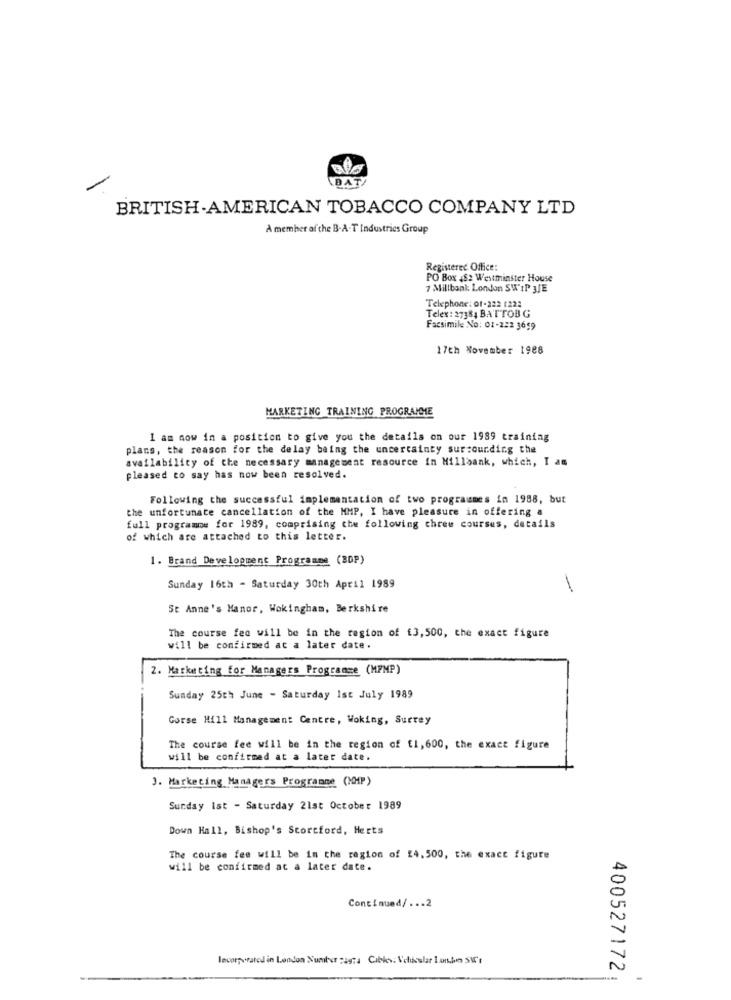
BATY
BRITISH AMERICAN TOBACCO COMPANY LTD
A member of the B-A-T Industries Group
Registered Office:
PO Box 4Se Westminster House
7 Millbank London SWIP 3JE
Telephone: 01-222 1222
Telex : 27384 BATTOB G
Facsimile No: 01-222 3659
17th November 1988
MARKETING TRAINING PROGRAMME
I am now in a position to give you the details on our 1989 training
plans, the reason for the delay being the uncertainty sur:ounding the
availability of the necessary management resource in Millaank, which, I am
pleased to say has now been resolved.
Following the successful implementation of two programmes in 1988, but
the unfortunate cancellation of the MMP, I have pleasure in offering a
full programme for 1989, comprising the following chreu courses, details
of which are attached to this letter.
1. Brand Development Programme (BDP)
Sunday 16th - Saturday 30th April 1989
St Anne's Manor, Wokingham, Berkshire
The course feo will be in the region of [3,500, the exact figure
will be confirmed at a later date.
2. Marketing for Managers Programme (MPMP)
Sunday 25th June - Saturday Ist July 1989
Gorse Hill Management Centre, Woking, Surrey
The course fee will be in the region of [1, 600, the exact figure
will be confirmed at a later date.
). Marketing Managers Programme (MHP)
Sunday Ist - Saturday 21st October 1989
Down Hall, Bishop's Stortford, Herts
The course fee will be in the region of 14.500, the exact figure
will be confirmed at a later date.
Continued/ ... 2
Incorporated in London Number :aga Cible: Vidaslar Lombo Srt
400527172;